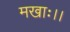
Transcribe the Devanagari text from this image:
मखाः।।